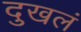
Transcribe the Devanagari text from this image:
दुखलं